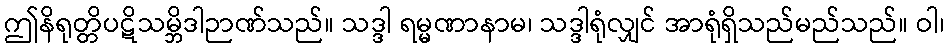
ဤနိရုတ္တိပဋိသမ္ဘိဒါဉာဏ်သည်။ သဒ္ဒါ ရမ္မဏာနာမ၊ သဒ္ဒါရုံလျှင် အာရုံရှိသည်မည်သည်။ ဝါ၊